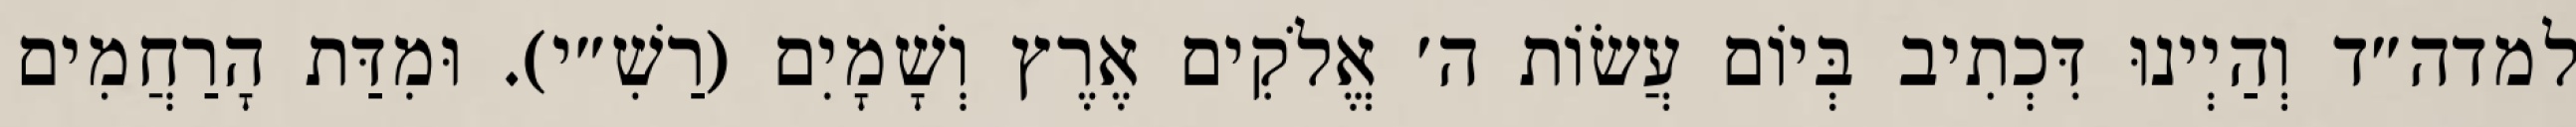
למדה״ד וְהַיְינוּ דִּכְתִיב בְּיוֹם עֲשׂוֹת ה׳ אֱלֹקִים אֶרֶץ וְשָׁמָיִם (רַשִׁ״י). וּמִדַּת הָרַחֲמִים